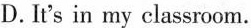
D. It's in my classroom.